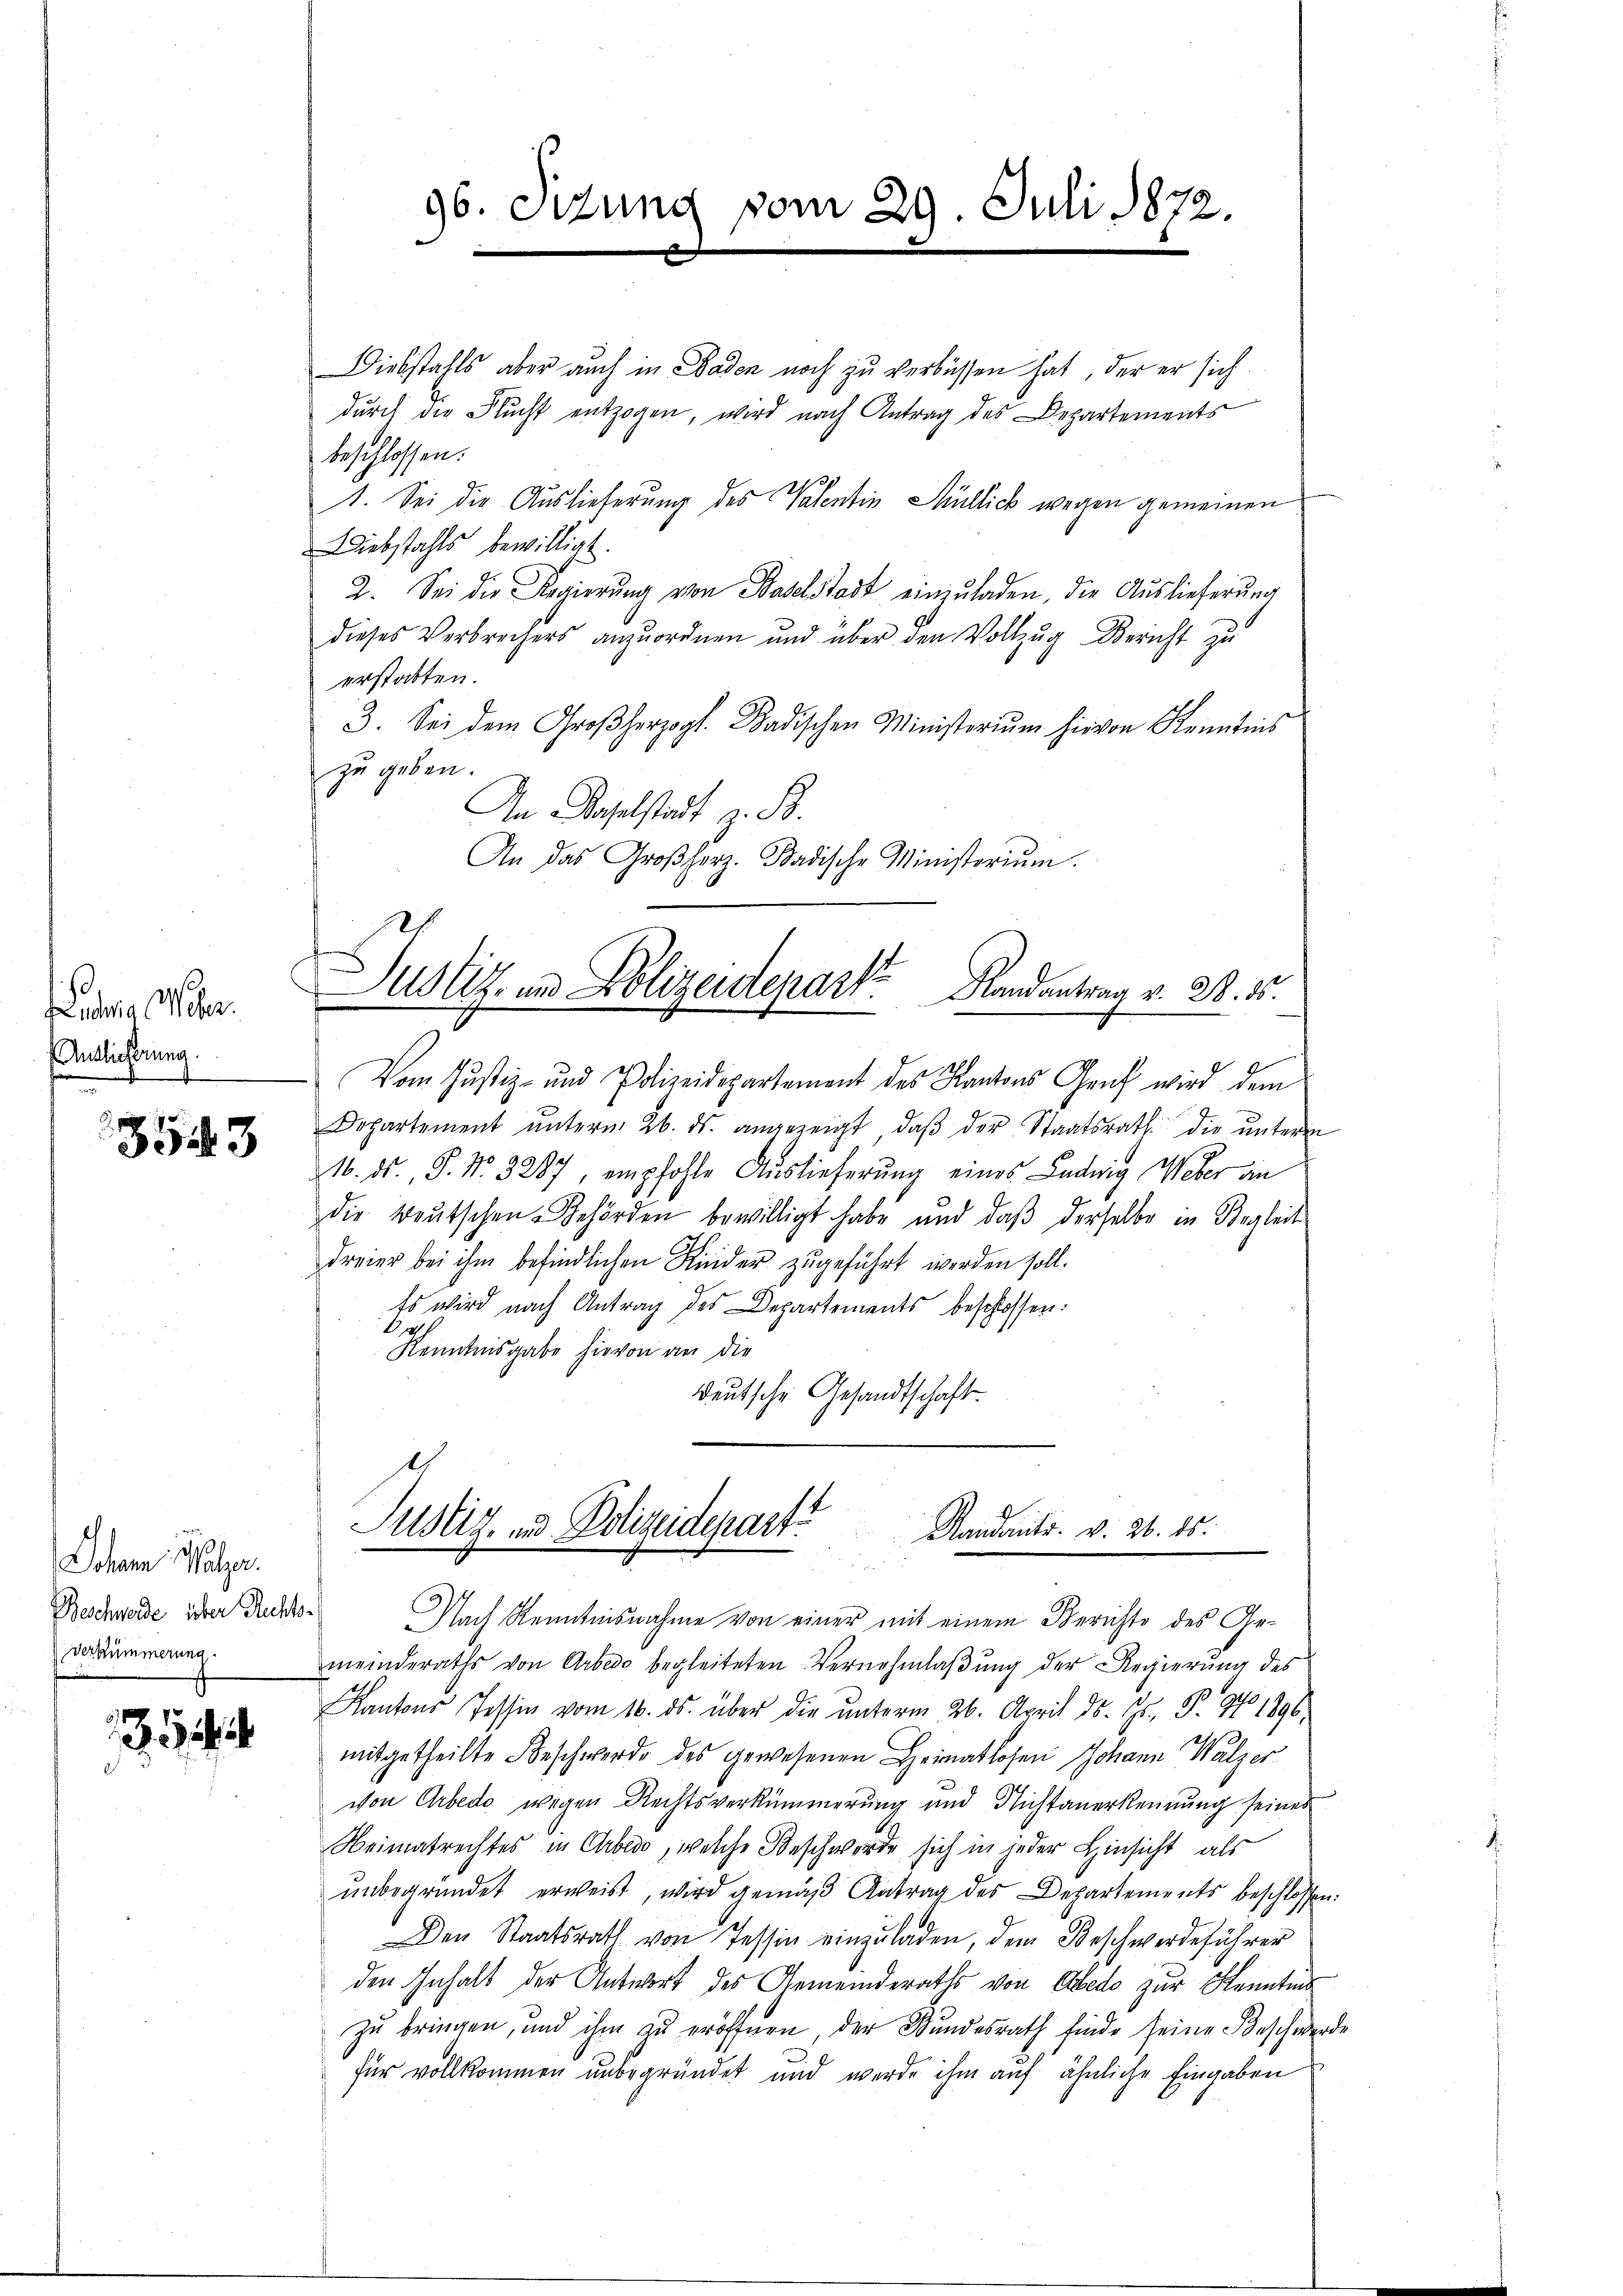
114 f
udra Meter.
Antlicherung.

3543

Johann Malger.
Beschwerde über Recht
Verkümmerung

Diebstahls aber auch in Baden noch zu verbüssen hat, der er sich
durch die Flucht entzogen, wird nach Antrag des Departements
beschlossen:
1. Sei die Auslieferung des Valentin Müllick wegen gemeinen.
Diebstahls bewilligt.
2. Sei die Regierŭng von Baselstadt einzŭladen, die Auslieferŭng
dieses Verbrechers anzuordnen und über den Vollzug Bericht zu
erstatten.
3. Sei dem Großherzogl. Badischen Ministerium hievon Kenntnis
zu geben.
An Baselstadt z. B.
An das Großherz. Badische Ministerium.
Justiz- und Polizeidepart Randantrag v. 28. ds.
Vom Justiz- und Polizeidepartement des Kantons Genf wird dem
Departement ŭnterm 26. ds. angezeigt, daβ der Staatsrath die ŭnterm
21. ds., S. Nr. 3287, empfohle Auslieferung eines Ludwig Weber an
die teutschen Behörden bewilligt habe und daß derselbe in Begleit
dreier bei ihm befindlichen Kinder zugeführt werden soll.
Es wird nach Antrag des Departements beschlossen:
1
Kenntnisgabe hievon an die
deutsche Gesandtschaft
t

96. Situng vom 29. Juli 1872.

Justiz- und Polizeidepart
Standants. v. 26. 15.

a
Nach Kenntnisnahme von einer mit einem Berichte des Gemeinderaths von Arbedo begleiteten Vernehmlaßung der Regierung des
Kantons Tessin vom 16. ds. über die ŭnterm 26. April d. 15. P. 94 1896.
mitgetheilte Beschwerde des gewesenen Heimatlosen Johann Walzer
von Arbedo wegen Rechtsverkümmerung und Nichtanerkennung seines
Weimatrechtes in Arbedo, welche Beschwerde sich in jeder Hinsicht als
unbegründet erweist, wird gemäß Antrag des Departements beschlossen:
Den Staatsrath von Tessin einzŭladen, dem Beschwerdeführer
den Inhalt der Antwort des Gemeinderaths von Ebedo zur Kenntins
zu bringen, und ihm zu eröffnen, der Bundesrath finde seine Beschwerde
für vollkommen unbegründet und werde ihm auf ähnliche Eingaben